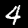
Digit: 4